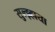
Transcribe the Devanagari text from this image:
सुल्झ्हाया